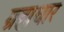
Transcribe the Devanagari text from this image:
ग्रहाधार